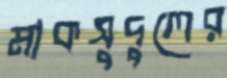
মাকসুদুলের